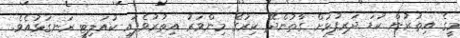
މީގެ އިތުރުން ކުޑަ ދަރިފުޅަށް ގާތުންދޭ ކިރުގެ މިންވަރު އިތުރުވެފައި ކުއަލިޓީ ރަނގަޅުއެވެ.